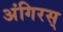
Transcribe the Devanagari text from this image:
अंगिरस्‌